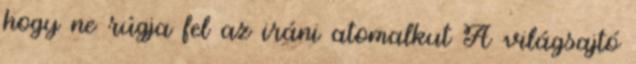
hogy ne rúgja fel az iráni atomalkut A világsajtó